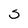
Character: 5